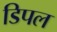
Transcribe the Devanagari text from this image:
डिपल